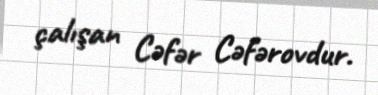
çalışan Cəfər Cəfərovdur.